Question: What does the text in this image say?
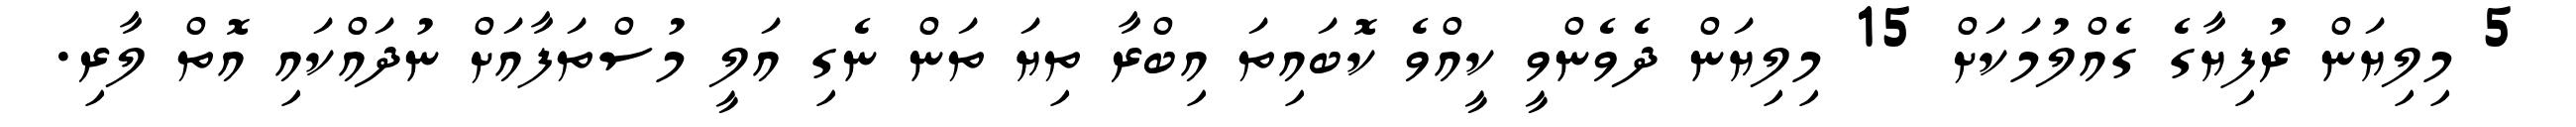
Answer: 5 މިލިޔަން ރުފިޔާގެ ގެއްލުމަކަށް 15 މިލިޔަން ދެވެންވީ ކީއްވެ ކޮބައިތަ އިބްރާ ތިޔަ ތަން ނެގި އަލީ މުސްތަފާއަށް ނުދައްކައި އޮތް ލާރި.